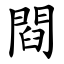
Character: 閰